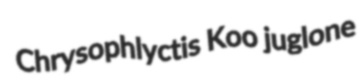
Chrysophlyctis Koo juglone